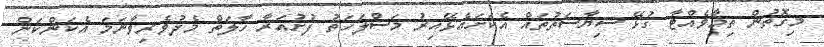
މިގޮތުން ތިމާވެއްޓާ ގުޅޭ ސިޔާސަތުތައް އެކަށައެޅޭއިރު މަސްލަހަތު ފުށުއަރާ ހާލަތް މެދުވެރިވާނަމަ އެކަންކަން